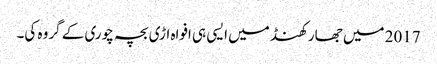
2017 میں جھارکھنڈ میں ایسی ہی افواہ اڑی بچہ چوری کے گروہ کی۔